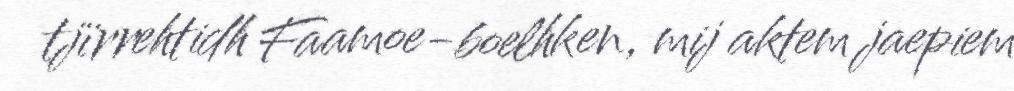
tjïrrehtidh Faamoe-boelhken, mij aktem jaepiem